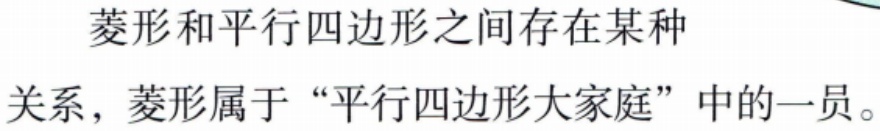
菱形和平行四边形之间存在某种关系，菱形属于“平行四边形大家庭”中的一员。